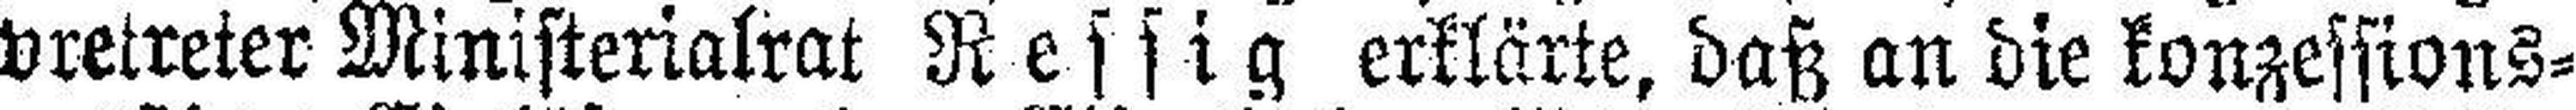
vretreter Ministerialrat Ressig erklärte, daß an die konzessions¬